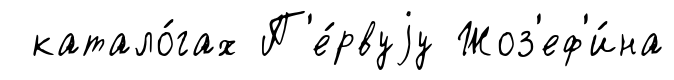
катало́гах П'е́рвуjу Жоз'еф'и́на